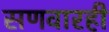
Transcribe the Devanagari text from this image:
सणवारही